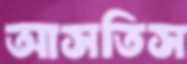
আসতিস